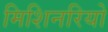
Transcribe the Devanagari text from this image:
मिशिनरियो